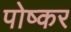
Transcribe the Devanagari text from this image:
पोष्कर